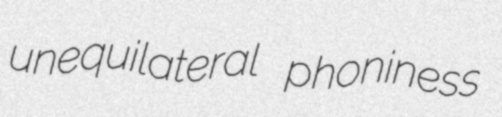
unequilateral phoniness